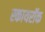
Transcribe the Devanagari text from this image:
स्कायरॉक